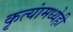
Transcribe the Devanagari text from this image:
कृत्यांमध्येही